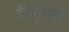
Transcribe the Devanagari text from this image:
हैं।गूगल